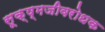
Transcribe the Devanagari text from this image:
सूक्ष्मजीवरोधक